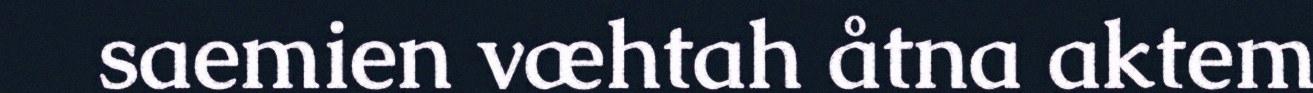
saemien væhtah åtna aktem